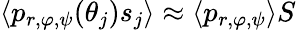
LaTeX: \langle p_{r,\varphi,\psi}(\theta_{j})s_{j}\rangle\approx\langle p_{r,\varphi,\psi}\rangle S